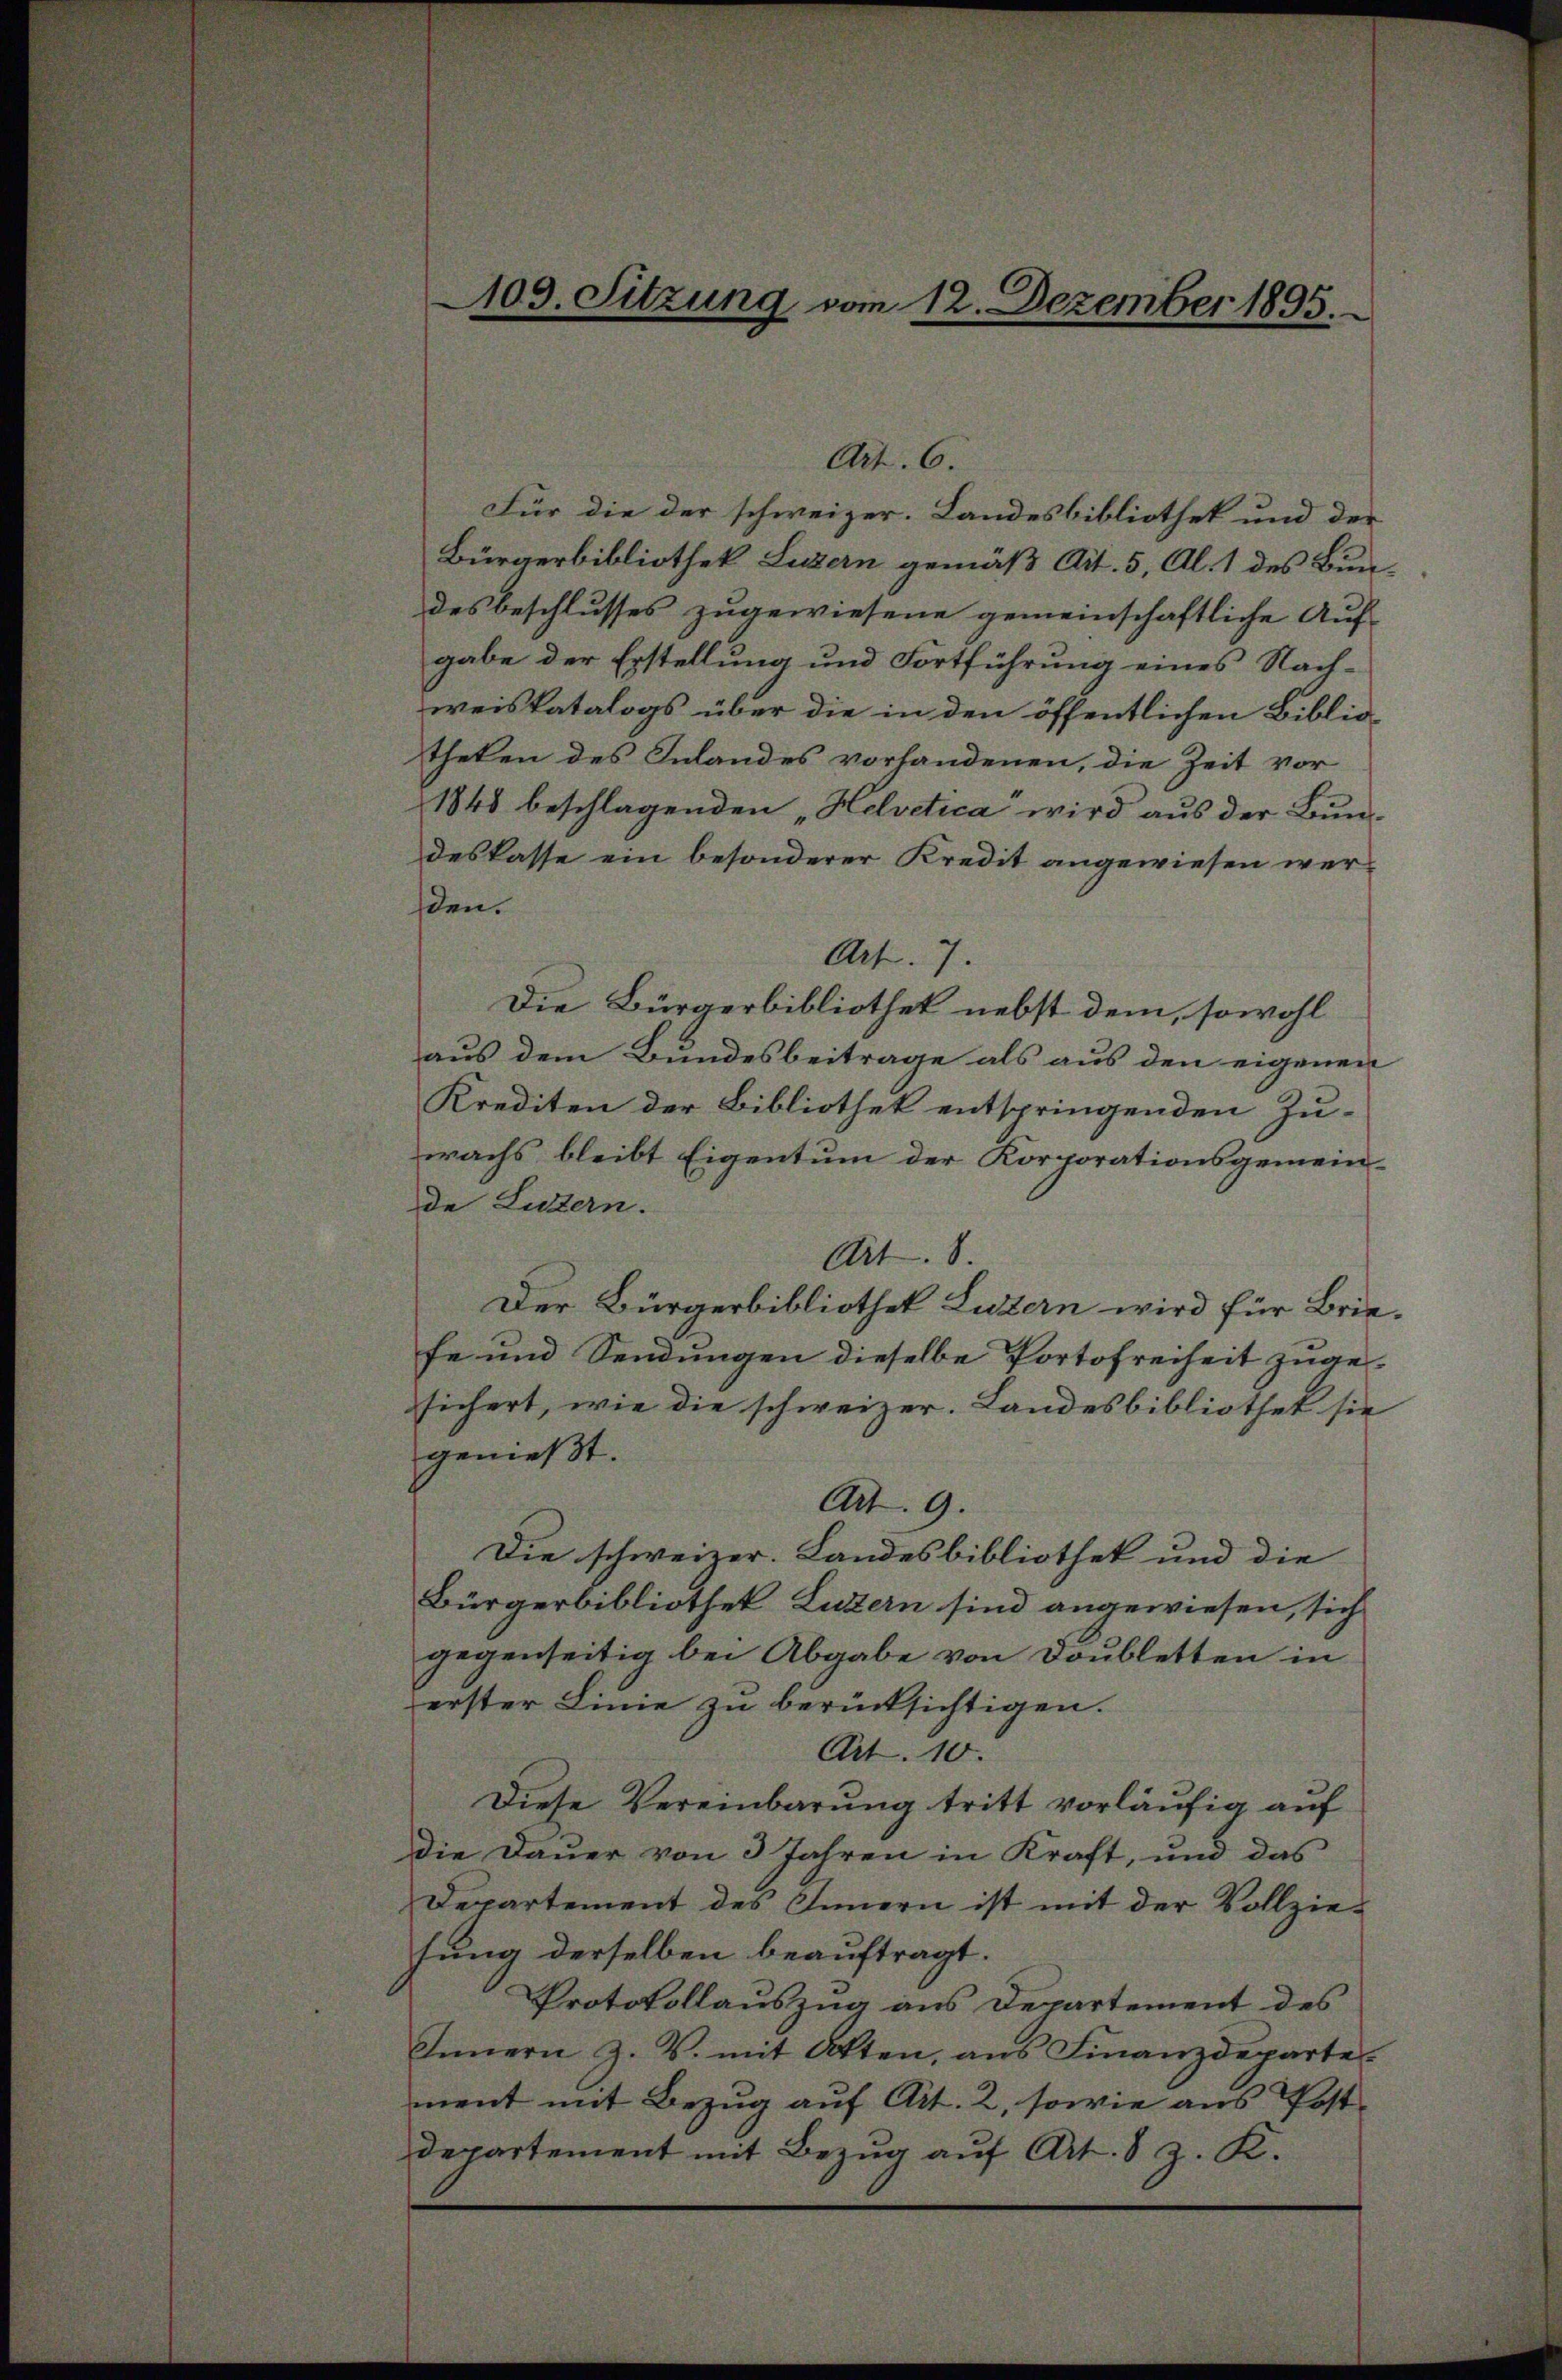
109. Sitzung vom 12. Dezember 1895.

Für die der schweizer. Landesbibliothek und der
Bürgerbibliothek Luzern gemäß Art. 5, Al. 1 des Bundes beschlusses zugewiesene gemeinschaftliche Auf-
gabe der Erstellung und Fortführung eines Nachweiskatalogs über die in den öffentlichen Biblio
theken des Inlandes vorhandenen, die Zeit vor
1848 beschlagenden „Helvetica“ wird aus der Bundeskasse ein besonderer Kredit angewiesen werden.
Art. 7.
Die Bürgerbibliothek nebst dem, sowohl
aus dem Bundesbeitrage als aus den eigenen
Krediten der Bibliothek entspringenden Zu-
wachs bleibt Eigentum der Korporationsgemeinde Luzern.
Art. 8.
Der Bürgerbibliothek Luzern wird für Briefe und Sendungen dieselbe Portofreiheit zugesichert, wie die schweizer. Landesbibliothet sie
genießt.
Art. 9.
Die schweizer. Landesbibliothek und die
Bürgerbibliothek, Luzern sind angewiesen, sich
gegenseitig bei Abgabe von Doubletten in
erster Linie zu berücksichtigen.
Art. 10.
Diese Vereinbarung tritt vorläufig auf
die Dauer von 3 Jahren in Kraft, und das
Departement des Innern ist mit der Vollziesung derselben beauftragt.
Protokollauszug aus Departement des
Innern Z. V. mit Atten, ans Finanzdeparte.
ment mit Bezug auf Art. 2, sowie aus Postdepartement mit Bezug auf Art. 8 J. K.

Art. 6.